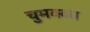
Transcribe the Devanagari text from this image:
चुमक्का